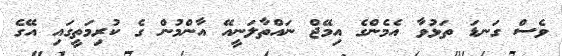
ވެސް ގަނޑަ ތަޅުވާ އެމެންގެ އިމޭޖް ނައްތާލަނީއޭ އާންމުން ގެ ކުރިމަތީގައި އޭގެ